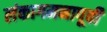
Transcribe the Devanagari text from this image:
लंकागमनापूर्वी